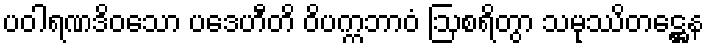
ပဝါရဏဒိဝသော ပဒေဟီတိ ဝိပက္ကဘာဝံ ဩစရိတွာ သမုဿိတဋ္ဌေန